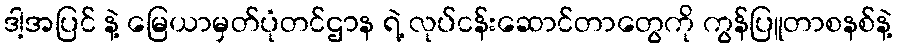
ဒါ့အပြင် နဲ့ မြေယာမှတ်ပုံတင်ဌာန ရဲ့ လုပ်ငန်းဆောင်တာတွေကို ကွန်ပြူတာစနစ်နဲ့